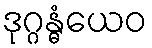
ဒုဂ္ဂန္ဓံယေဝ